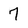
Character: 7